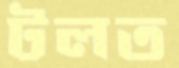
টলত